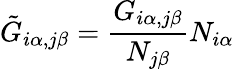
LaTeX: \tilde{G}_{i\alpha,j\beta}=\frac{G_{i\alpha,j\beta}}{N_{j\beta}}N_{i\alpha}